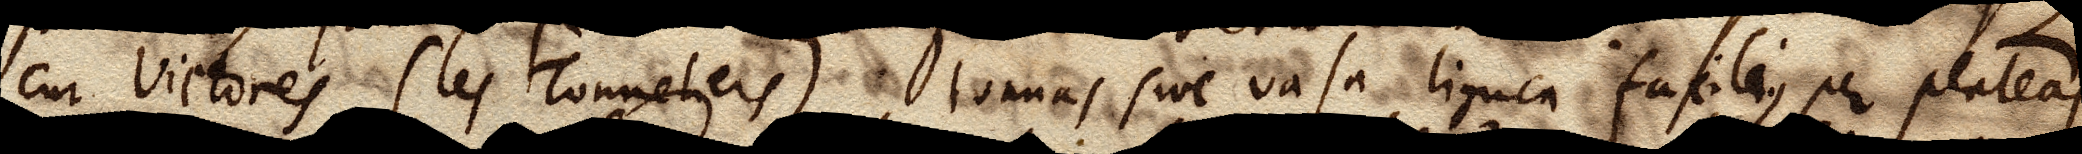
cur vietores, (les Tonneliers) tonnas sive vasa lignea facilius per plateas